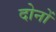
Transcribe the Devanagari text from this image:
दोनों